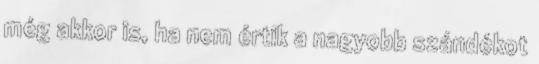
még akkor is, ha nem értik a nagyobb szándékot